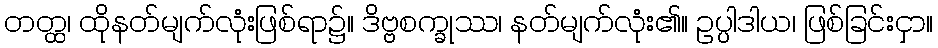
တတ္ထ၊ ထိုနတ်မျက်လုံးဖြစ်ရာ၌။ ဒိဗ္ဗစက္ခုဿ၊ နတ်မျက်လုံး၏။ ဥပ္ပါဒါယ၊ ဖြစ်ခြင်းငှာ။